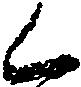
く